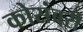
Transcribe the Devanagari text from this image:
कोसंबरी